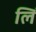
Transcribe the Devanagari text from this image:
लिं